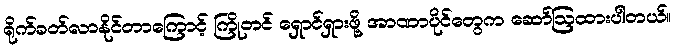
ရိုက်ခတ်လာနိုင်တာကြောင့် ကြိုတင် ရှောင်ရှားဖို့ အာဏာပိုင်တွေက ဆော်ဩထားပါတယ်။